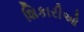
શિકારીઓ